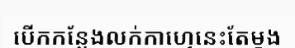
បើកកន្លែងលក់កាហ្វេនេះតែម្តង